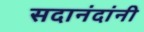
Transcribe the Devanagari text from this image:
सदानंदांनी